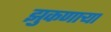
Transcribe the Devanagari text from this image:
झुकणाऱ्या